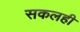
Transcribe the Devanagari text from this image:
सकलही